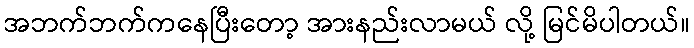
အဘက်ဘက်ကနေပြီးတော့ အားနည်းလာမယ် လို့ မြင်မိပါတယ်။